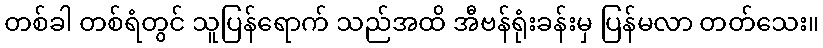
တစ်ခါ တစ်ရံတွင် သူပြန်ရောက် သည်အထိ အီဗန်ရုံးခန်းမှ ပြန်မလာ တတ်သေး။